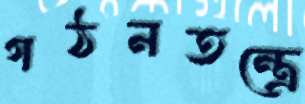
গঠনতন্ত্রে